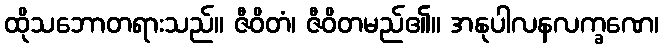
ထိုသဘောတရားသည်။ ဇီဝိတံ၊ ဇီဝိတမည်၏။ အနုပါလနလက္ခဏေ၊